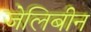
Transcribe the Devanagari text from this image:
जेलिबीन